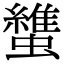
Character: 䗽